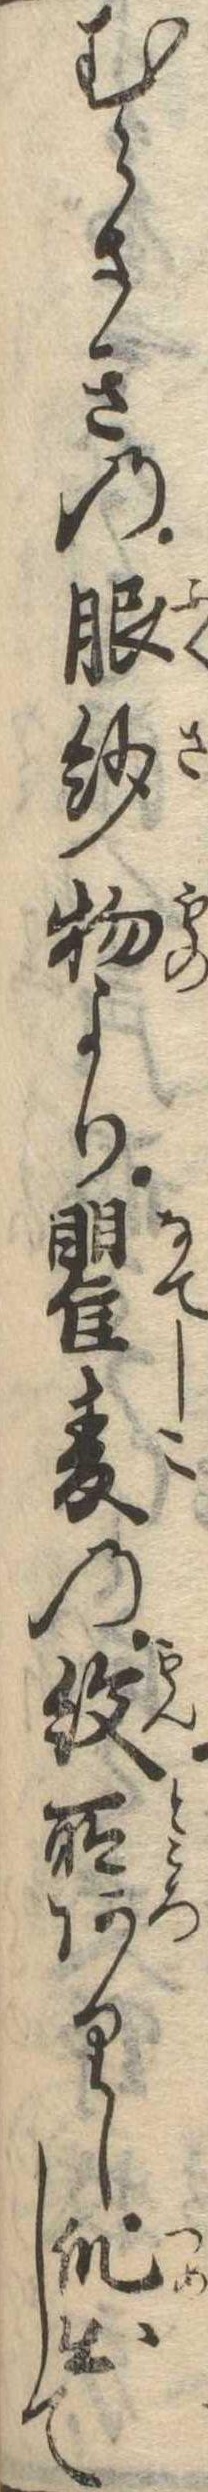
むらさきの服紗物より瞿麦の紋所ありし爪出して